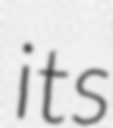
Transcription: its